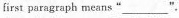
first paragraph means "___".